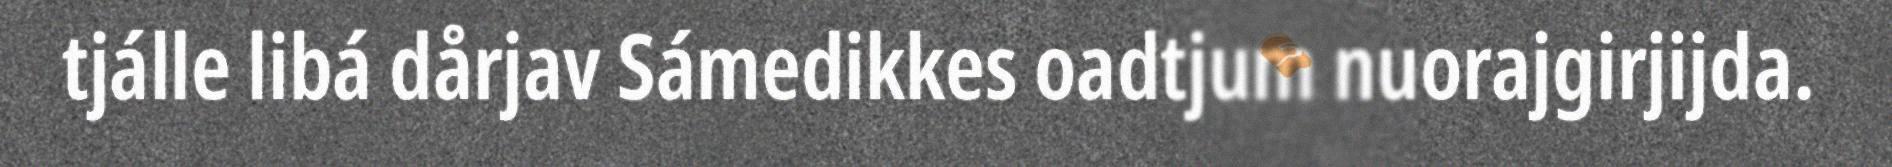
tjálle libá dårjav Sámedikkes oadtjum nuorajgirjijda.